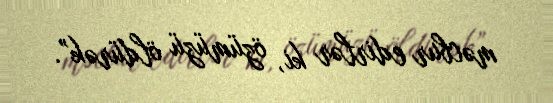
məcbur edirlər ki, özümüzü öldürək”.